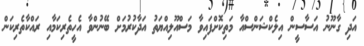
އަދި ގާނޫނު އަސާސީން އިލެކްޝަންސްއާ މަތިކޮށްފައިވާ މަސްއޫލިއްޔަތު އަދާކުރުމަށް ބޭނުންވާ އެހީތެރިކަމާއި ރައްކާތެރިކަން